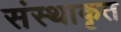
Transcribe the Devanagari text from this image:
संस्थाकृत